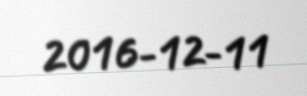
2016-12-11